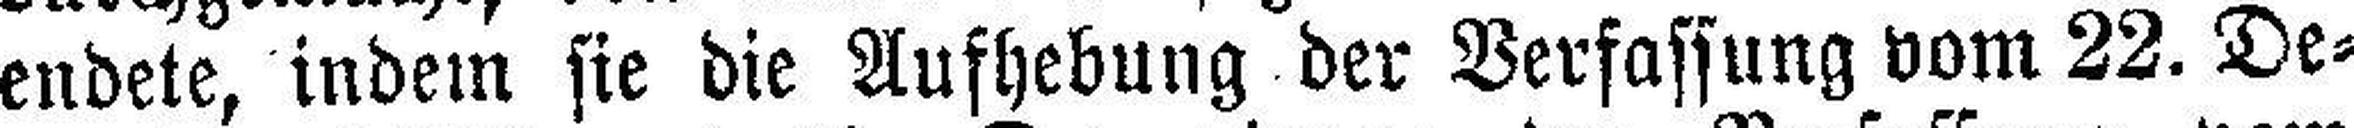
endete, indem sie die Aufhebung der Verfassung vom 22. De¬